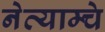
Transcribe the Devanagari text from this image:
नेत्याम्चे